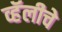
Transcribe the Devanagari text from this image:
व्हॅलीचे